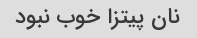
نان پیتزا خوب نبود